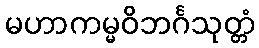
မဟာကမ္မဝိဘင်္ဂသုတ္တံ